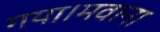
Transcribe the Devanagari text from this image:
गया।मवाना